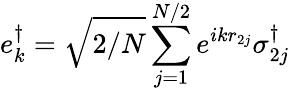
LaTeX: e_{k}^{\dagger}=\sqrt{2/N}\sum_{j=1}^{N/2}e^{ikr_{2j}}\sigma_{2j}^{\dagger}